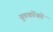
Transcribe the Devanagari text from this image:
युवकोंको